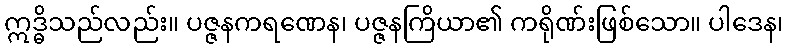
ဣဒ္ဓိသည်လည်း။ ပဇ္ဇနကရဏေန၊ ပဇ္ဇနကြိယာ၏ ကရိုဏ်းဖြစ်သော။ ပါဒေန၊